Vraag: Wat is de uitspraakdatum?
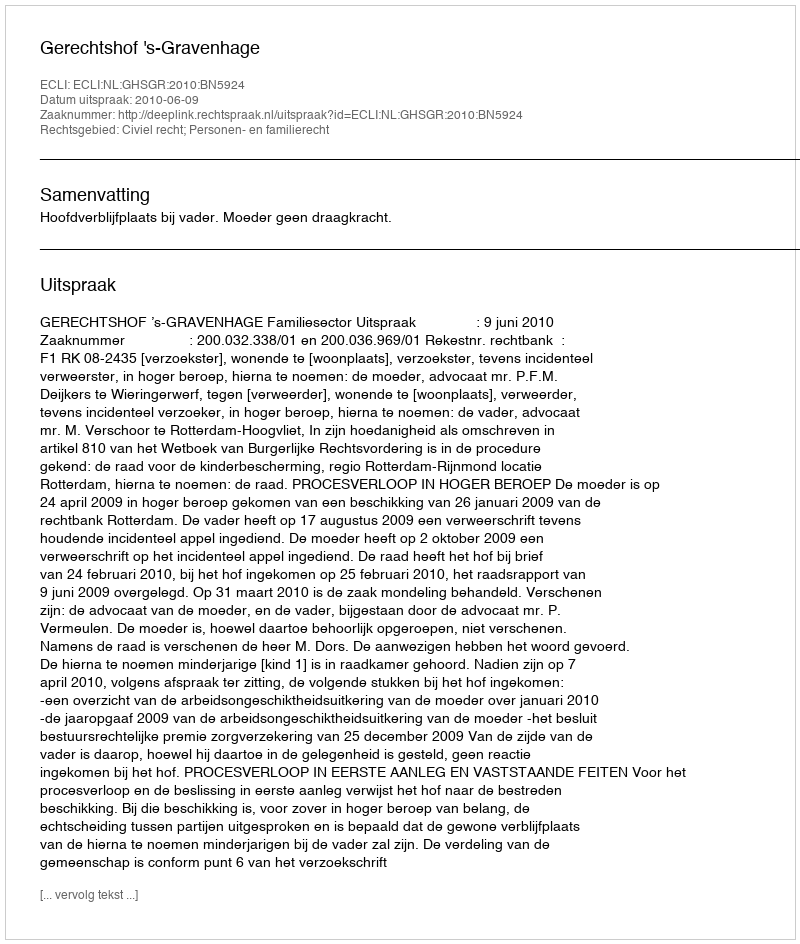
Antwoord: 2010-06-09